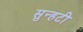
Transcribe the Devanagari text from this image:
सुन्हटी